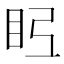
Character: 𭾤